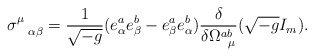
\begin{align*}\sigma^{\mu}_{\hspace{.3 true cm}\alpha \beta} =\frac{1}{\sqrt{-g}}(e^a_{\alpha}e^b_{\beta} - e^a_{\beta}e^b_{\alpha})\frac{\delta}{\delta \Omega^{ab}_{\hspace{.2 true cm}\mu}}(\sqrt{-g} I_m).\end{align*}